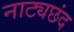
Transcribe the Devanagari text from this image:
नाट्यछंद